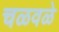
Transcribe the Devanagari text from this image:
चळवळे